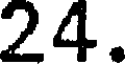
24.